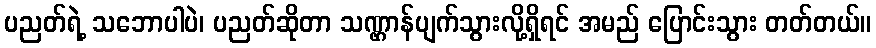
ပညတ်ရဲ့ သဘောပါပဲ၊ ပညတ်ဆိုတာ သဏ္ဌာန်ပျက်သွားလို့ရှိရင် အမည် ပြောင်းသွား တတ်တယ်။